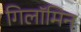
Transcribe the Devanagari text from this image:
गिलॉमिन